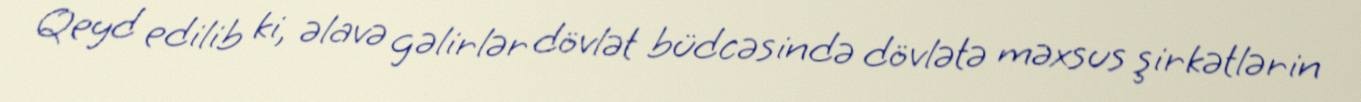
Qeyd edilib ki, əlavə gəlirlər dövlət büdcəsində dövlətə məxsus şirkətlərin